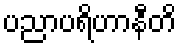
ပညာပရိဟာနီတိ